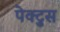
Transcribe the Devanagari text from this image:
पेक्टुस